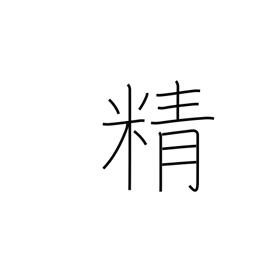
Meaning: energy